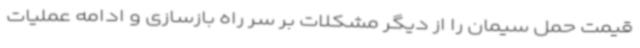
قیمت حمل سیمان را از دیگر مشکلات بر سر راه بازسازی و ادامه عملیات